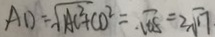
A D = \sqrt { A C ^ { 2 } + C D ^ { 2 } } = \sqrt { 6 8 } = 2 \sqrt { 1 7 } .